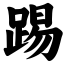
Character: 踢